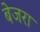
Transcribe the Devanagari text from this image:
बेजरा